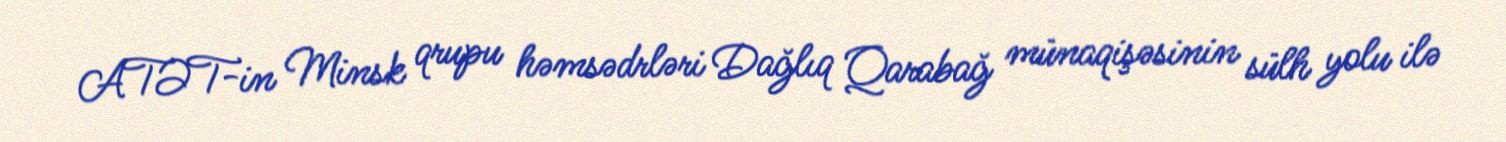
ATƏT-in Minsk qrupu həmsədrləri Dağlıq Qarabağ münaqişəsinin sülh yolu ilə